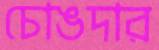
চোঙদার